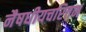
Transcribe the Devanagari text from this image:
नैषधीयचरितम